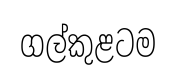
ගල්කුළටම